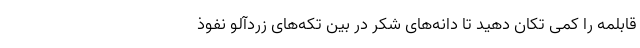
قابلمه را کمی تکان دهید تا دانه‌های شکر در بین تکه‌های زردآلو نفوذ